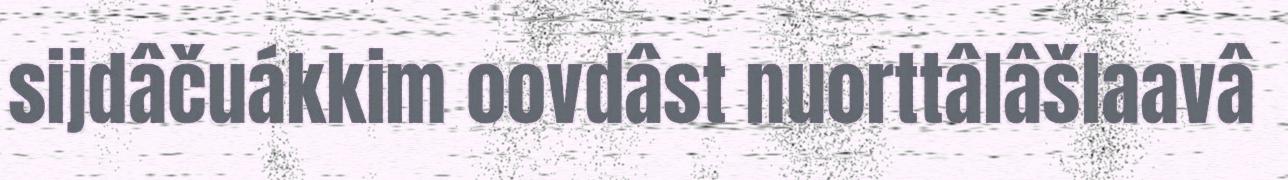
sijdâčuákkim oovdâst nuorttâlâšlaavâ